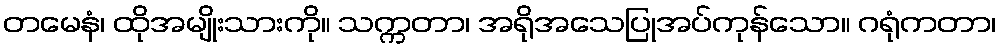
တမေနံ၊ ထိုအမျိုးသားကို။ သက္ကတာ၊ အရိုအသေပြုအပ်ကုန်သော။ ဂရုံကတာ၊